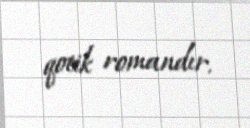
qotik romandır.